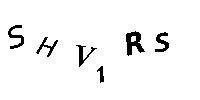
SHV1RS